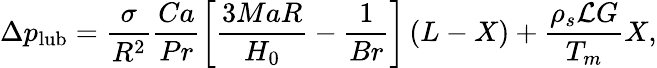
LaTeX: \Delta p_{\mathrm{lub}}=\frac{\sigma}{R^{2}}\frac{Ca}{Pr}\left[\frac{3MaR}{H_{0}}-\frac{1}{Br}\right]\left(L-X\right)+\frac{\rho_{s}\mathcal{L}G}{T_{m}}X,